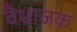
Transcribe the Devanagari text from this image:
वैभ्राजक